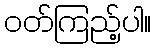
ဝတ်ကြည့်ပါ။